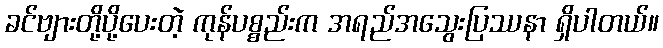
ခင်ဗျားတို့ပို့ပေးတဲ့ ကုန်ပစ္စည်းက အရည်အသွေးပြဿနာ ရှိပါတယ်။